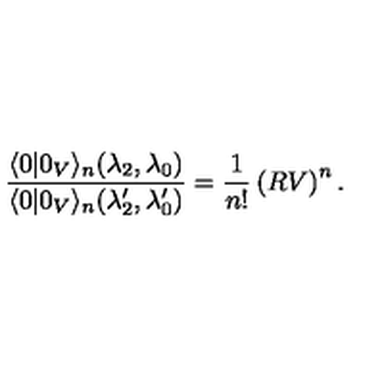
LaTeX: \frac { \langle 0 | 0 _ { V } \rangle _ { n } ( \lambda _ { 2 } , \lambda _ { 0 } ) } { \langle 0 | 0 _ { V } \rangle _ { n } ( { \lambda } _ { 2 } ^ { \prime } , { \lambda } _ { 0 } ^ { \prime } ) } = \frac { 1 } { n ! } \left( R V \right) ^ { n } .